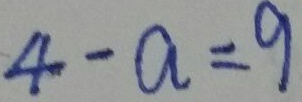
4 - a = 9